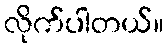
လိုက်ပါတယ်။